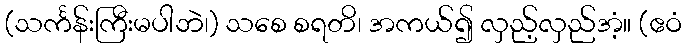
(သင်္ကန်းကြီးမပါဘဲ၊) သစေ စရတိ၊ အကယ်၍ လှည့်လှည်အံ့။ (ဧဝံ